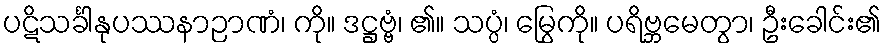
ပဋိသင်္ခါနုပဿနာဉာဏံ၊ ကို။ ဒဋ္ဌဗ္ဗံ၊ ၏။ သပ္ပံ၊ မြွေကို။ ပရိဗ္ဘမေတွာ၊ ဦးခေါင်း၏